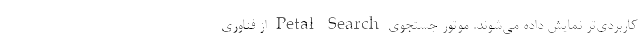
کاربردی‌تر نمایش داده می‌شوند. موتور جستجوی Petal Search از فناوری